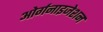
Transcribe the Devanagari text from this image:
ओर्गनाइजेशन